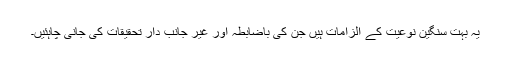
یہ بہت سنگین نوعیت کے الزامات ہیں جن کی باضابطہ اور غیر جانب دار تحقیقات کی جانی چاہئیں۔